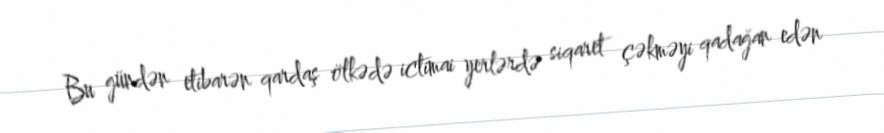
Bu gündən etibarən qardaş ölkədə ictimai yerlərdə siqaret çəkməyi qadağan edən